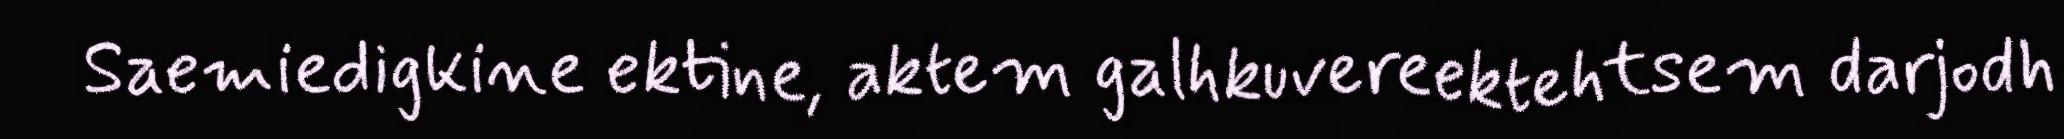
Saemiedigkine ektine, aktem galhkuvereektehtsem darjodh